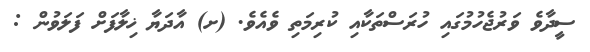
ސީދާވެ ވަރުޖެހުމުގައި ހުރަސްތަކާއި ކުރިމަތި ވެއެވެ. (ށ) އާދަޔާ ޚިލާފަށް ފަލަވުން :